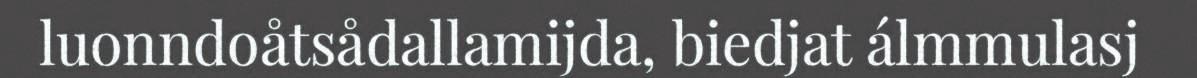
luonndoåtsådallamijda, biedjat álmmulasj